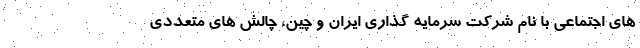
های اجتماعی با نام شرکت سرمایه گذاری ایران و چین، چالش های متعددی